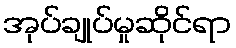
အုပ်ချုပ်မှုဆိုင်ရာ